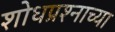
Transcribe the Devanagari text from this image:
शोधप्रश्नाच्या